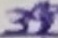
Text: 39